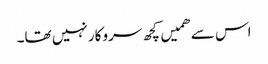
اس سے ھمیں کچھ سروکار نہیں تھا۔